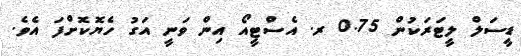
ޑީސަލް ލީޓަރަކުން 0.75 ރ. އެސްޓީއޯ އިން ވަނީ އަގު ހެޔޮކޮށްފަ އެވެ.